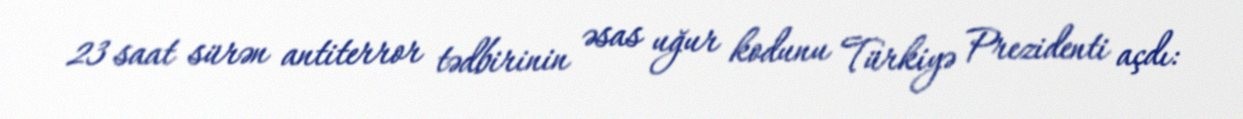
23 saat sürən antiterror tədbirinin əsas uğur kodunu Türkiyə Prezidenti açdı: